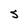
Character: S